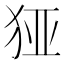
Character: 𰡉